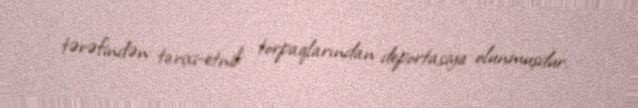
tərəfindən tarixi-etnik torpaqlarından deportasiya olunmuşdur.